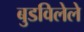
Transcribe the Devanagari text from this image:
बुडविलेले